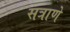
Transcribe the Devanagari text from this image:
सत्राणे